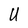
Character: U